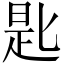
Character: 匙